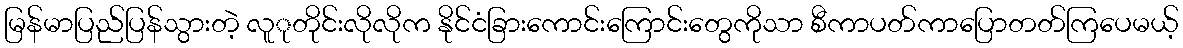
မြန်မာပြည်ပြန်သွားတဲ့ လူုတိုင်းလိုလိုက နိုင်ငံခြားကောင်းကြောင်းတွေကိုသာ စီကာပတ်ကာပြောတတ်ကြပေမယ့်